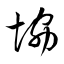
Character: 協